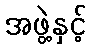
အဖွဲ့နှင့်